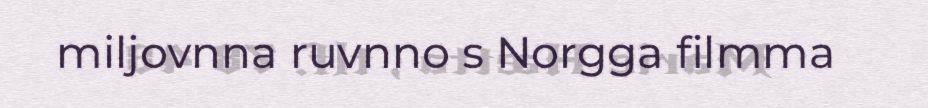
miljovnna ruvnno s Norgga filmma